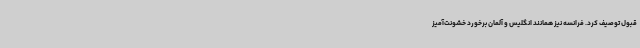
قبول توصیف کرد. فرانسه نیز همانند انگلیس و آلمان برخورد خشونت‌آمیز